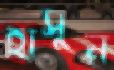
হাসুন